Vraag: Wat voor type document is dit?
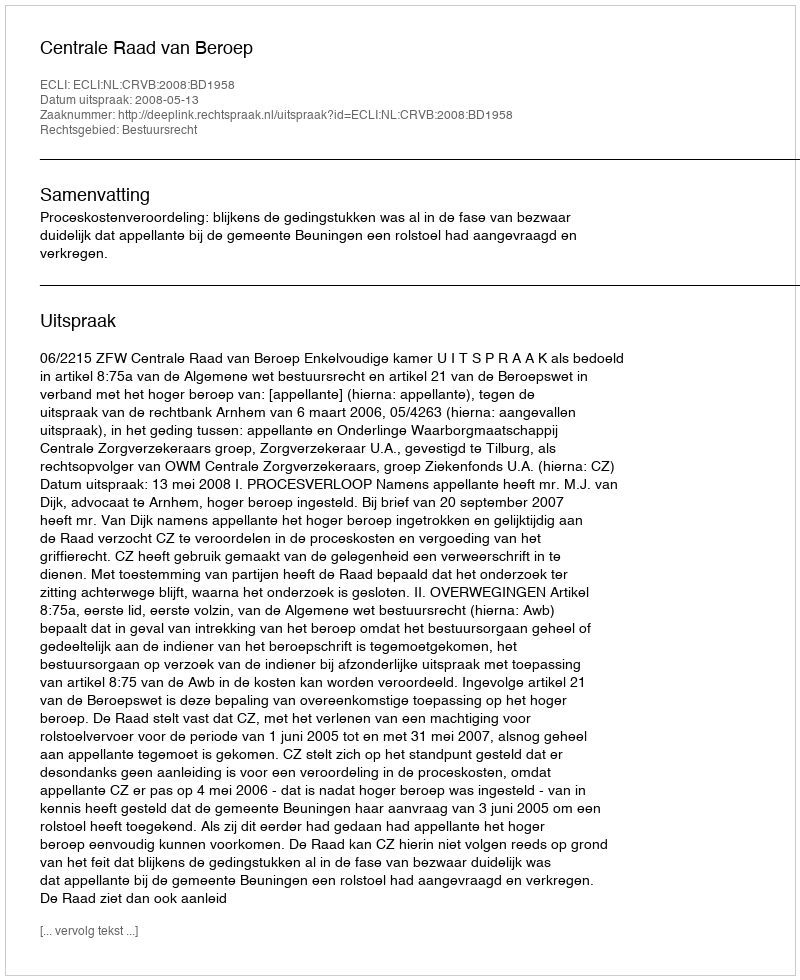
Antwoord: Uitspraak